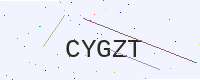
Text: CYGZT